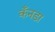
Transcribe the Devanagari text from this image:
कँनडा